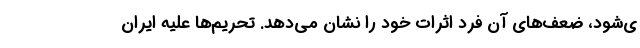
ی‌شود، ضعف‌های آن فرد اثرات خود را نشان می‌دهد. تحریم‌ها علیه ایران